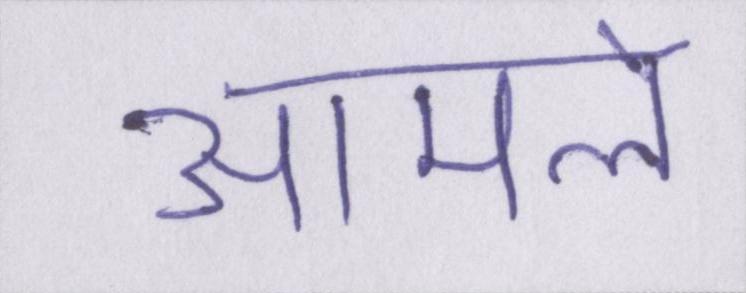
आमले